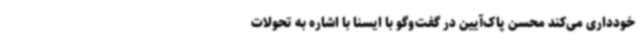
خودداری می‌کند محسن پاک‌آیین در گفت‌وگو با ایسنا با اشاره به تحولات